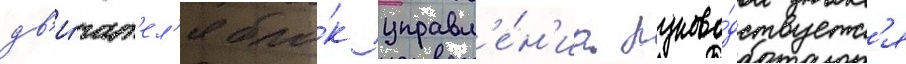
дв'и́гат'ел'я бло́к управл'е́н'иа руково́дствуетс'я